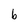
Character: b